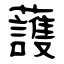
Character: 䕶